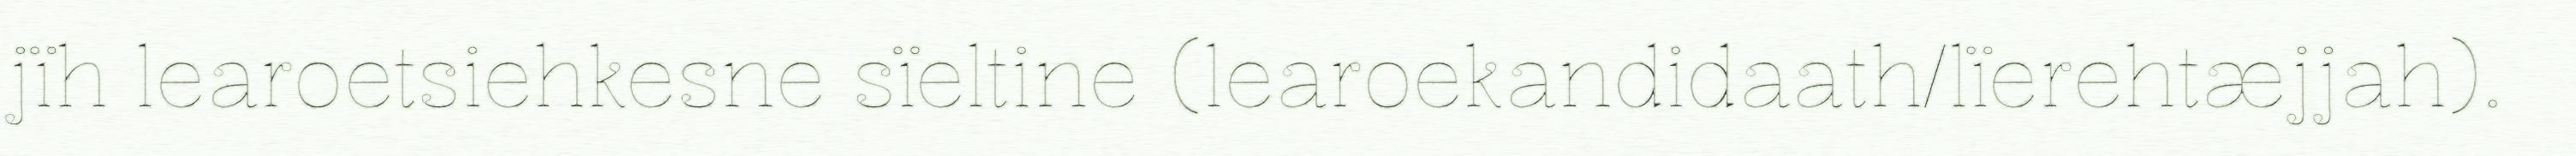
jïh learoetsiehkesne sïeltine (learoekandidaath/lïerehtæjjah).